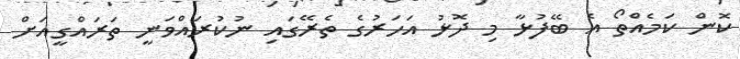
ކޮން ކަމެއްތޯ އެ ބޭފުޅާ މި ދޮޅު އަހަރުގެ ތެރޭގައި ނުކުރައްވަނީ ތަރައްގީއަށް